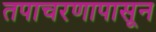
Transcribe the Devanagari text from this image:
तपाचरणापासून